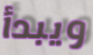
ويبدأ